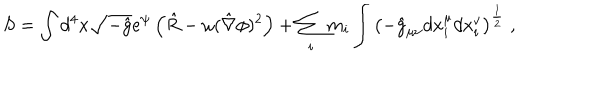
S = \int d ^ { 4 } x \sqrt { - \hat { g } } e ^ { \psi } \left( \hat { R } - \omega ( \hat { \nabla } \phi ) ^ { 2 } \right) + \sum _ { i } m _ { i } \int \left( - \hat { g } _ { \mu \nu } d x _ { i } ^ { \mu } d x _ { i } ^ { \nu } \right) ^ { \frac { 1 } { 2 } } \; ,